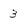
Character: 3